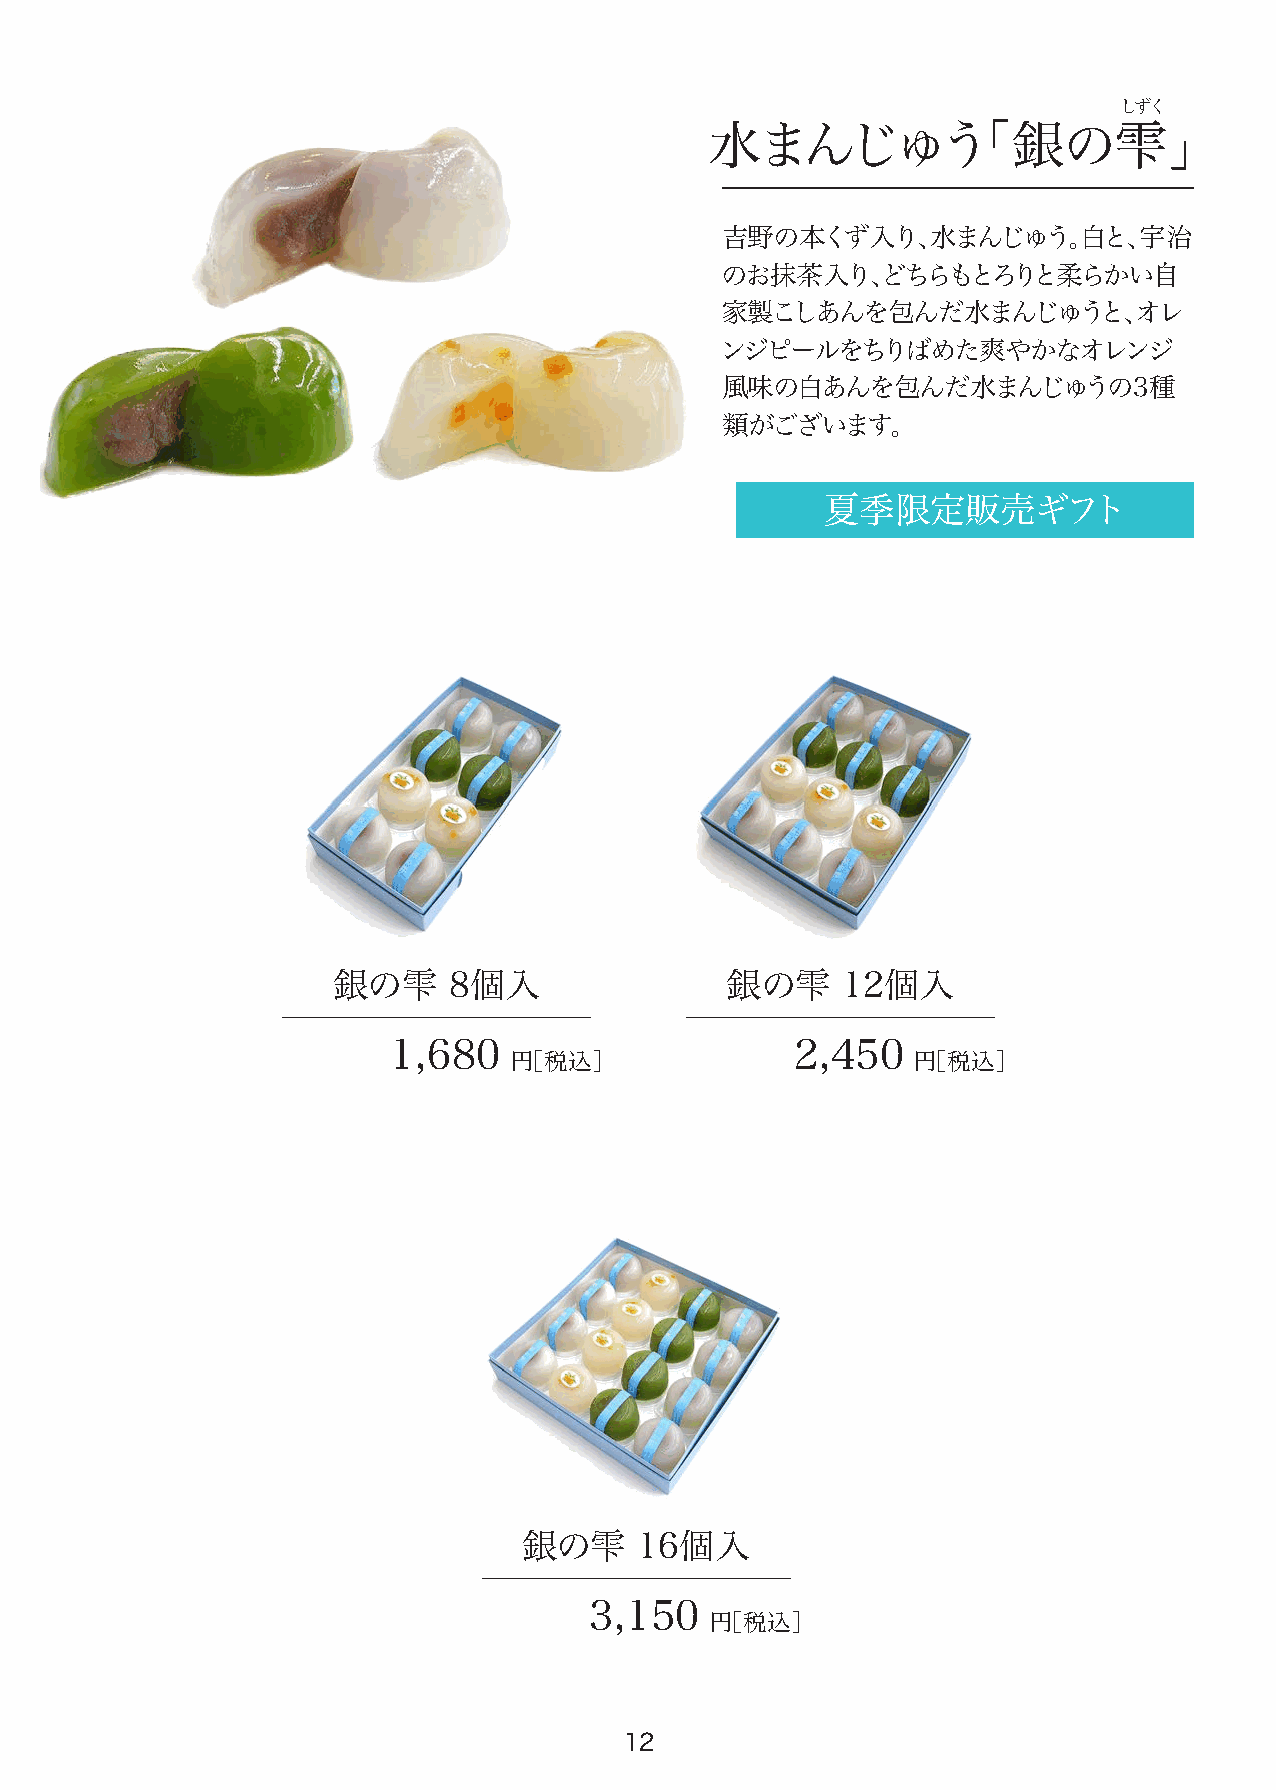
しずく
 水まんじゅう「銀の雫」
 吉野の本くず入り、水まんじゅう。白と、宇治
 のお抹茶入り、どちらもとろりと柔らかい自
 家製こしあんを包んだ水まんじゅうと、オレ
 ンジピールをちりばめた爽やかなオレンジ
 風味の白あんを包んだ水まんじゅうの3種
 類がございます。
 夏季限定販売ギフト
 銀の雫     8個入               銀の雫     12個入
 1,680                      2,450
 円［税込］                     円［税込］
 銀の雫    16個入
 3,150
 円［税込］
 12